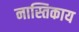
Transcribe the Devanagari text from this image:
नास्तिकाय